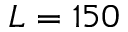
L = 1 5 0